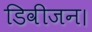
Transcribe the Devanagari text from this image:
डिवीजन।